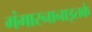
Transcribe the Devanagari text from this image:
गंगास्नानाइतके